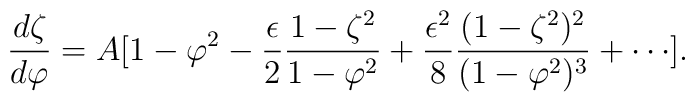
{d \zeta \over d \varphi} = A [1-\varphi^2 -{\epsilon \over 2}{1-\zeta^2 \over 1 - \varphi^2}+ {\epsilon^2 \over 8}{(1-\zeta^2)^2 \over (1 - \varphi^2)^3}+\cdots].